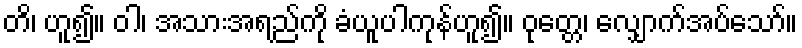
တိ၊ ဟူ၍။ ဝါ၊ အသားအရည်ကို ခံယူပါကုန်ဟူ၍။ ဝုတ္တေ၊ လျှောက်အပ်သော်။